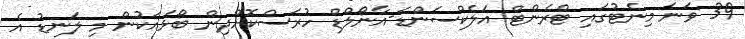
39 ވަނަ މިނެޓުގައި ޓްރެންޓް އަލެކްސަންޑަ-އާނޯލްޑް ހުރަސްކޮށްދިން ބޯޅައަކުން މި ލަނޑު އެ